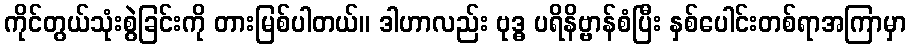
ကိုင်တွယ်သုံးစွဲခြင်းကို တားမြစ်ပါတယ်။ ဒါဟာလည်း ဗုဒ္ဓ ပရိနိဗ္ဗာန်စံပြီး နှစ်ပေါင်းတစ်ရာအကြာမှာ